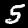
Label: 5